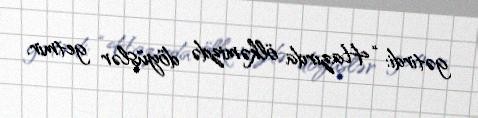
gətirdi: “Hazırda ölkəmizdə döyüşlər getmir.